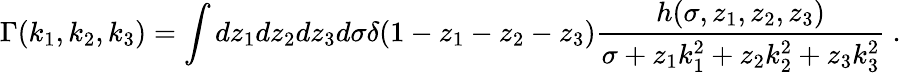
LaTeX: \Gamma(k_{1},k_{2},k_{3})=\int dz_{1}dz_{2}dz_{3}d\sigma\delta(1-z_{1}-z_{2}-z_{3}){\frac{h(\sigma,z_{1},z_{2},z_{3})}{\sigma+z_{1}k_{1}^{2}+z_{2}k_{2}^{2}+z_{3}k_{3}^{2}}}~.